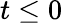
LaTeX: t\le 0